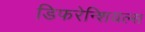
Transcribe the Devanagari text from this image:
डिफरेन्शियल्स